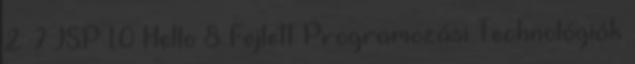
2. 7 JSP 1.0 Hello 8 Fejlett Programozási Technológiák